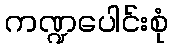
ကဏ္ဍပေါင်းစုံ